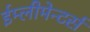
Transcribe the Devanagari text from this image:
ईम्लीमेन्टर्स